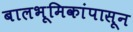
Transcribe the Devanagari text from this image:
बालभूमिकांपासून